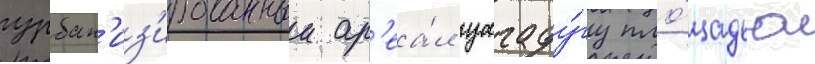
урбан'из'ированныи ар'еа́л уагаду́гу пло́щадью